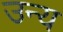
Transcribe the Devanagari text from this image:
उन्य